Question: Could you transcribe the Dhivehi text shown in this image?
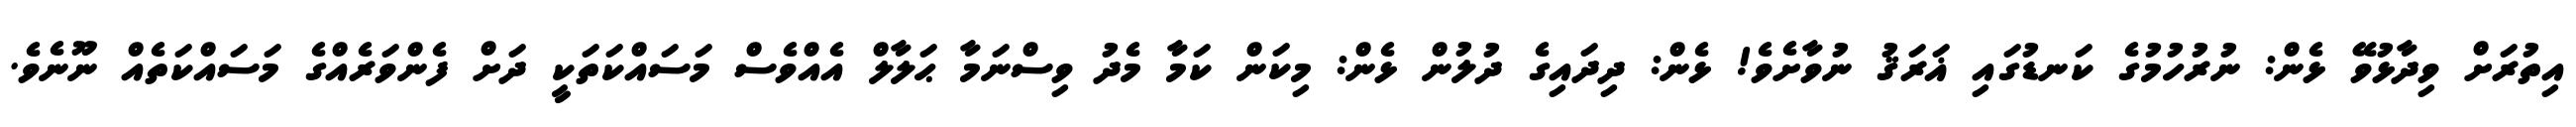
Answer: އިތުރަށް ވިދާޅުވޭ ޅެން: ނުރުހުމުގެ ކަނޑުގައި ޣަރަޤު ނުވާށެވެ! ޅެން: ދިދައިގެ ދުލުން ޅެން: މިކަން ކަމާ މެދު ވިސްނަމާ ޙަލާލް އެއްވެސް މަސައްކަތަކީ ދަށް ފެންވަރެއްގެ މަސައްކަތެއް ނޫނެވެ.